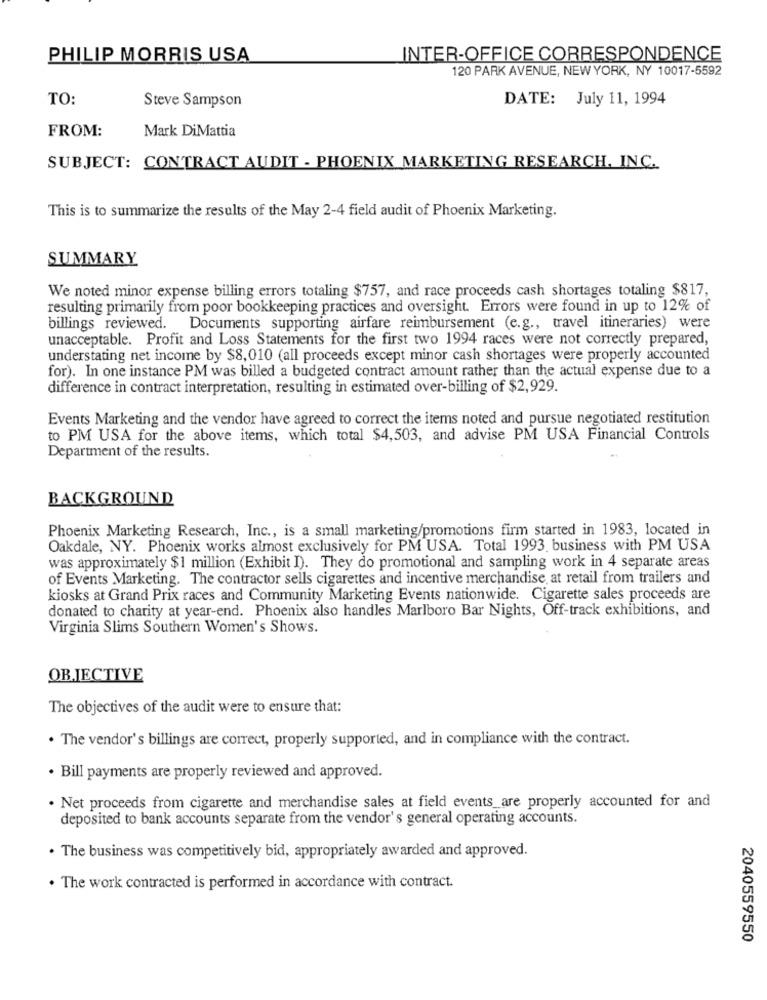
PHILIP MORRIS USA
INTER-OFFICE CORRESPONDENCE
120 PARK AVENUE, NEW YORK, NY 10017-5592
TO:
Steve Sampson
DATE: July 11, 1994
FROM:
Mark DiMattia
SUBJECT: CONTRACT AUDIT - PHOENIX MARKETING RESEARCH, INC.
This is to summarize the results of the May 2-4 field audit of Phoenix Marketing.
SUMMARY
We noted minor expense billing errors totaling $757, and race proceeds cash shortages totaling $817,
resulting primarily from poor bookkeeping practices and oversight. Errors were found in up to 12% of
billings reviewed. Documents supporting airfare reimbursement (e.g ., travel itineraries) were
unacceptable. Profit and Loss Statements for the first two 1994 races were not correctly prepared,
understating net income by $8,010 (all proceeds except minor cash shortages were properly accounted
for). In one instance PM was billed a budgeted contract amount rather than the actual expense due to a
difference in contract interpretation, resulting in estimated over-billing of $2,929.
Events Marketing and the vendor have agreed to correct the items noted and pursue negotiated restitution
to PM USA for the above items, which total $4,503, and advise PM USA Financial Controls
Department of the results.
BACKGROUND
Phoenix Marketing Research, Inc ., is a small marketing/promotions firm started in 1983, located in
Oakdale, NY. Phoenix works almost exclusively for PM USA. Total 1993. business with PM USA
was approximately $1 million (Exhibit I). They do promotional and sampling work in 4 separate areas
of Events Marketing. The contractor sells cigarettes and incentive merchandise, at retail from trailers and
kiosks at Grand Prix races and Community Marketing Events nationwide. Cigarette sales proceeds are
donated to charity at year-end. Phoenix also handles Marlboro Bar Nights, Off-track exhibitions, and
Virginia Slims Southern Women's Shows.
OBJECTIVE
The objectives of the audit were to ensure that:
. The vendor's billings are correct, properly supported, and in compliance with the contract.
· Bill payments are properly reviewed and approved.
. Net proceeds from cigarette and merchandise sales at field events_are properly accounted for and
deposited to bank accounts separate from the vendor's general operating accounts.
. The business was competitively bid, appropriately awarded and approved.
. The work contracted is performed in accordance with contract.
2040559550